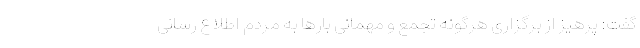
گفت: پرهیز از برگزاری هرگونه تجمع و مهمانی بارها به مردم اطلاع رسانی